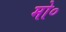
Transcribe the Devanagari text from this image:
मो०